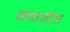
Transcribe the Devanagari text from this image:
अलाज़ीज़